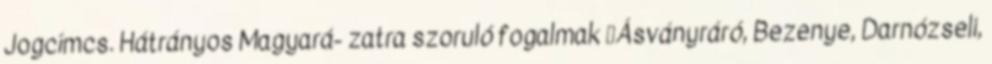
Jogcímcs. Hátrányos Magyará- zatra szoruló fogalmak ▪Ásványráró, Bezenye, Darnózseli,